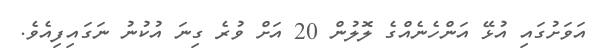
އަވަށުގައި އުޅޭ އަންހެނެއްގެ ލޮލުން 20 އަށް ވުރެ ގިނަ އުކުނު ނަގައިފިއެވެ.